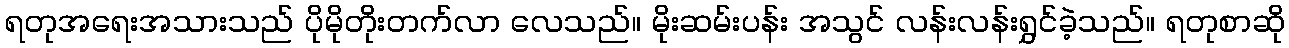
ရတုအရေးအသားသည် ပိုမိုတိုးတက်လာ လေသည်။ မိုးဆမ်းပန်း အသွင် လန်းလန်းရွှင်ခဲ့သည်။ ရတုစာဆို